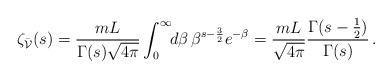
LaTeX: \begin{align*}\zeta_{\bar{{\cal V}}}(s)=\frac{mL}{\Gamma(s) \sqrt{4 \pi}}\int_0^\infty \!\! d\beta \, \beta^{s-\frac{3}{2}}e^{-\beta}=\frac{mL}{\sqrt{4 \pi}}\frac{\Gamma(s-\frac{1}{2})}{\Gamma(s)}\,.\end{align*}